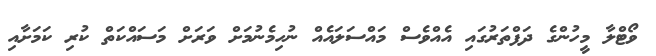
ވޯޓްލާ މީހުންގެ ދަފްތަރުގައި އެއްވެސް މައްސަލައެއް ނުހިމެނުމަށް ވަރަށް މަސައްކަތް ކުރި ކަމަށާއި